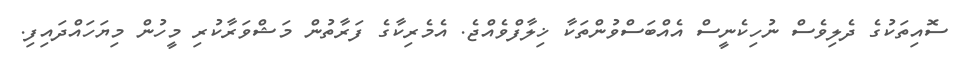
ސޮއިތަކުގެ ދެލިވެސް ނުހިކެނީސް އެއްބަސްވުންތަކާ ޚިލާފްވެއްޖެ. އެމެރިކާގެ ފަރާތުން މަޝްވަރާކުރި މީހުން މިޔަހައްދައިފި.